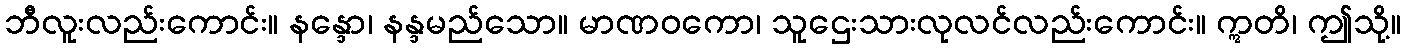
ဘီလူးလည်းကောင်း။ နန္ဒော၊ နန္ဒမည်သော။ မာဏဝကော၊ သူဌေးသားလုလင်လည်းကောင်း။ ဣတိ၊ ဤသို့။